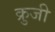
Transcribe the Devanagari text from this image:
क्रुजी